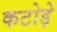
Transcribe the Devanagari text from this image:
कटोड़े